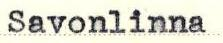
Savonlinna